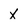
Character: x